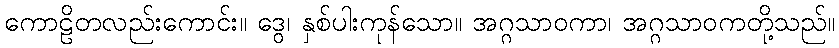
ကောဠိတလည်းကောင်း။ ဒွေ၊ နှစ်ပါးကုန်သော။ အဂ္ဂသာဝကာ၊ အဂ္ဂသာဝကတို့သည်။